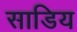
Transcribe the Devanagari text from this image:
साडिय